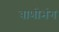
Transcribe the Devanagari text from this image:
वाणीभंग